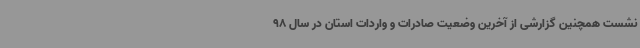
نشست همچنین گزارشی از آخرین وضعیت صادرات و واردات استان در سال 98